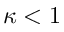
\kappa < 1